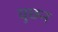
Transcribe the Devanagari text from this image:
वुछन